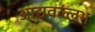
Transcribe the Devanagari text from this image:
आद्यवल्लभ